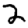
Digit: 2